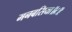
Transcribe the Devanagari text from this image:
मनबसिया॥८॥